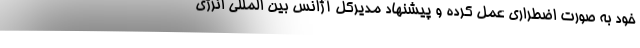
خود به صورت اضطراری عمل کرده و پیشنهاد مدیرکل آژانس بین المللی انرژی